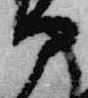
部